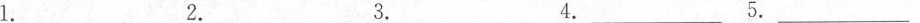
1.___ 2.___ 3.___ 4.___ 5.___